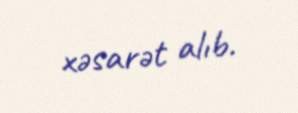
xəsarət alıb.